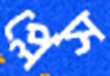
প্লেস